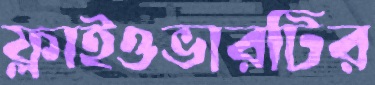
ফ্লাইওভারটির